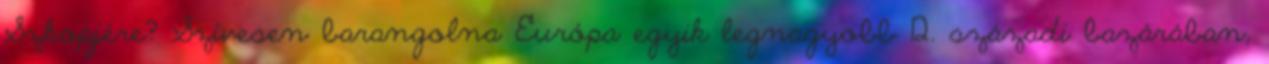
Szkopjére? Szívesen barangolna Európa egyik legnagyobb 12. századi bazárában,